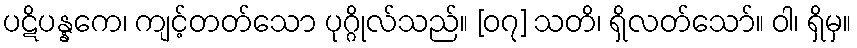
ပဋိပန္နကေ၊ ကျင့်တတ်သော ပုဂ္ဂိုလ်သည်။ [၀၇] သတိ၊ ရှိလတ်သော်။ ဝါ၊ ရှိမှ။